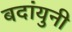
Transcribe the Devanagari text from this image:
बदांयुनी